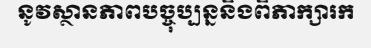
នូវស្ថានភាពបច្ចុប្បន្ននិងពិភាក្សារក